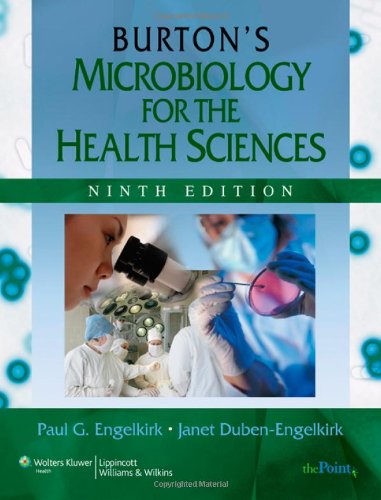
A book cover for Burton's Microbiology for the Health Sciences (Microbiology for the Health Sciences (Burton)); Paul G. Engelkirk Ph.D.  MT(ASCP); Medical Books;